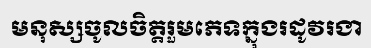
មនុស្សចូលចិត្តរួមភេទក្នុងរដូវរងា